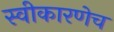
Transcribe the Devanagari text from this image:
स्वीकारणेच